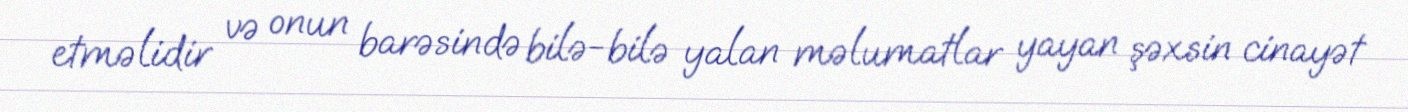
etməlidir və onun barəsində bilə-bilə yalan məlumatlar yayan şəxsin cinayət